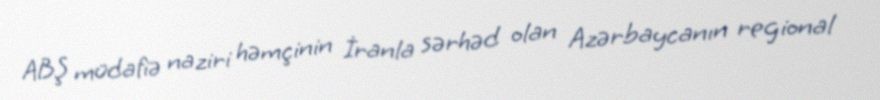
ABŞ müdafiə naziri həmçinin İranla sərhəd olan Azərbaycanın regional